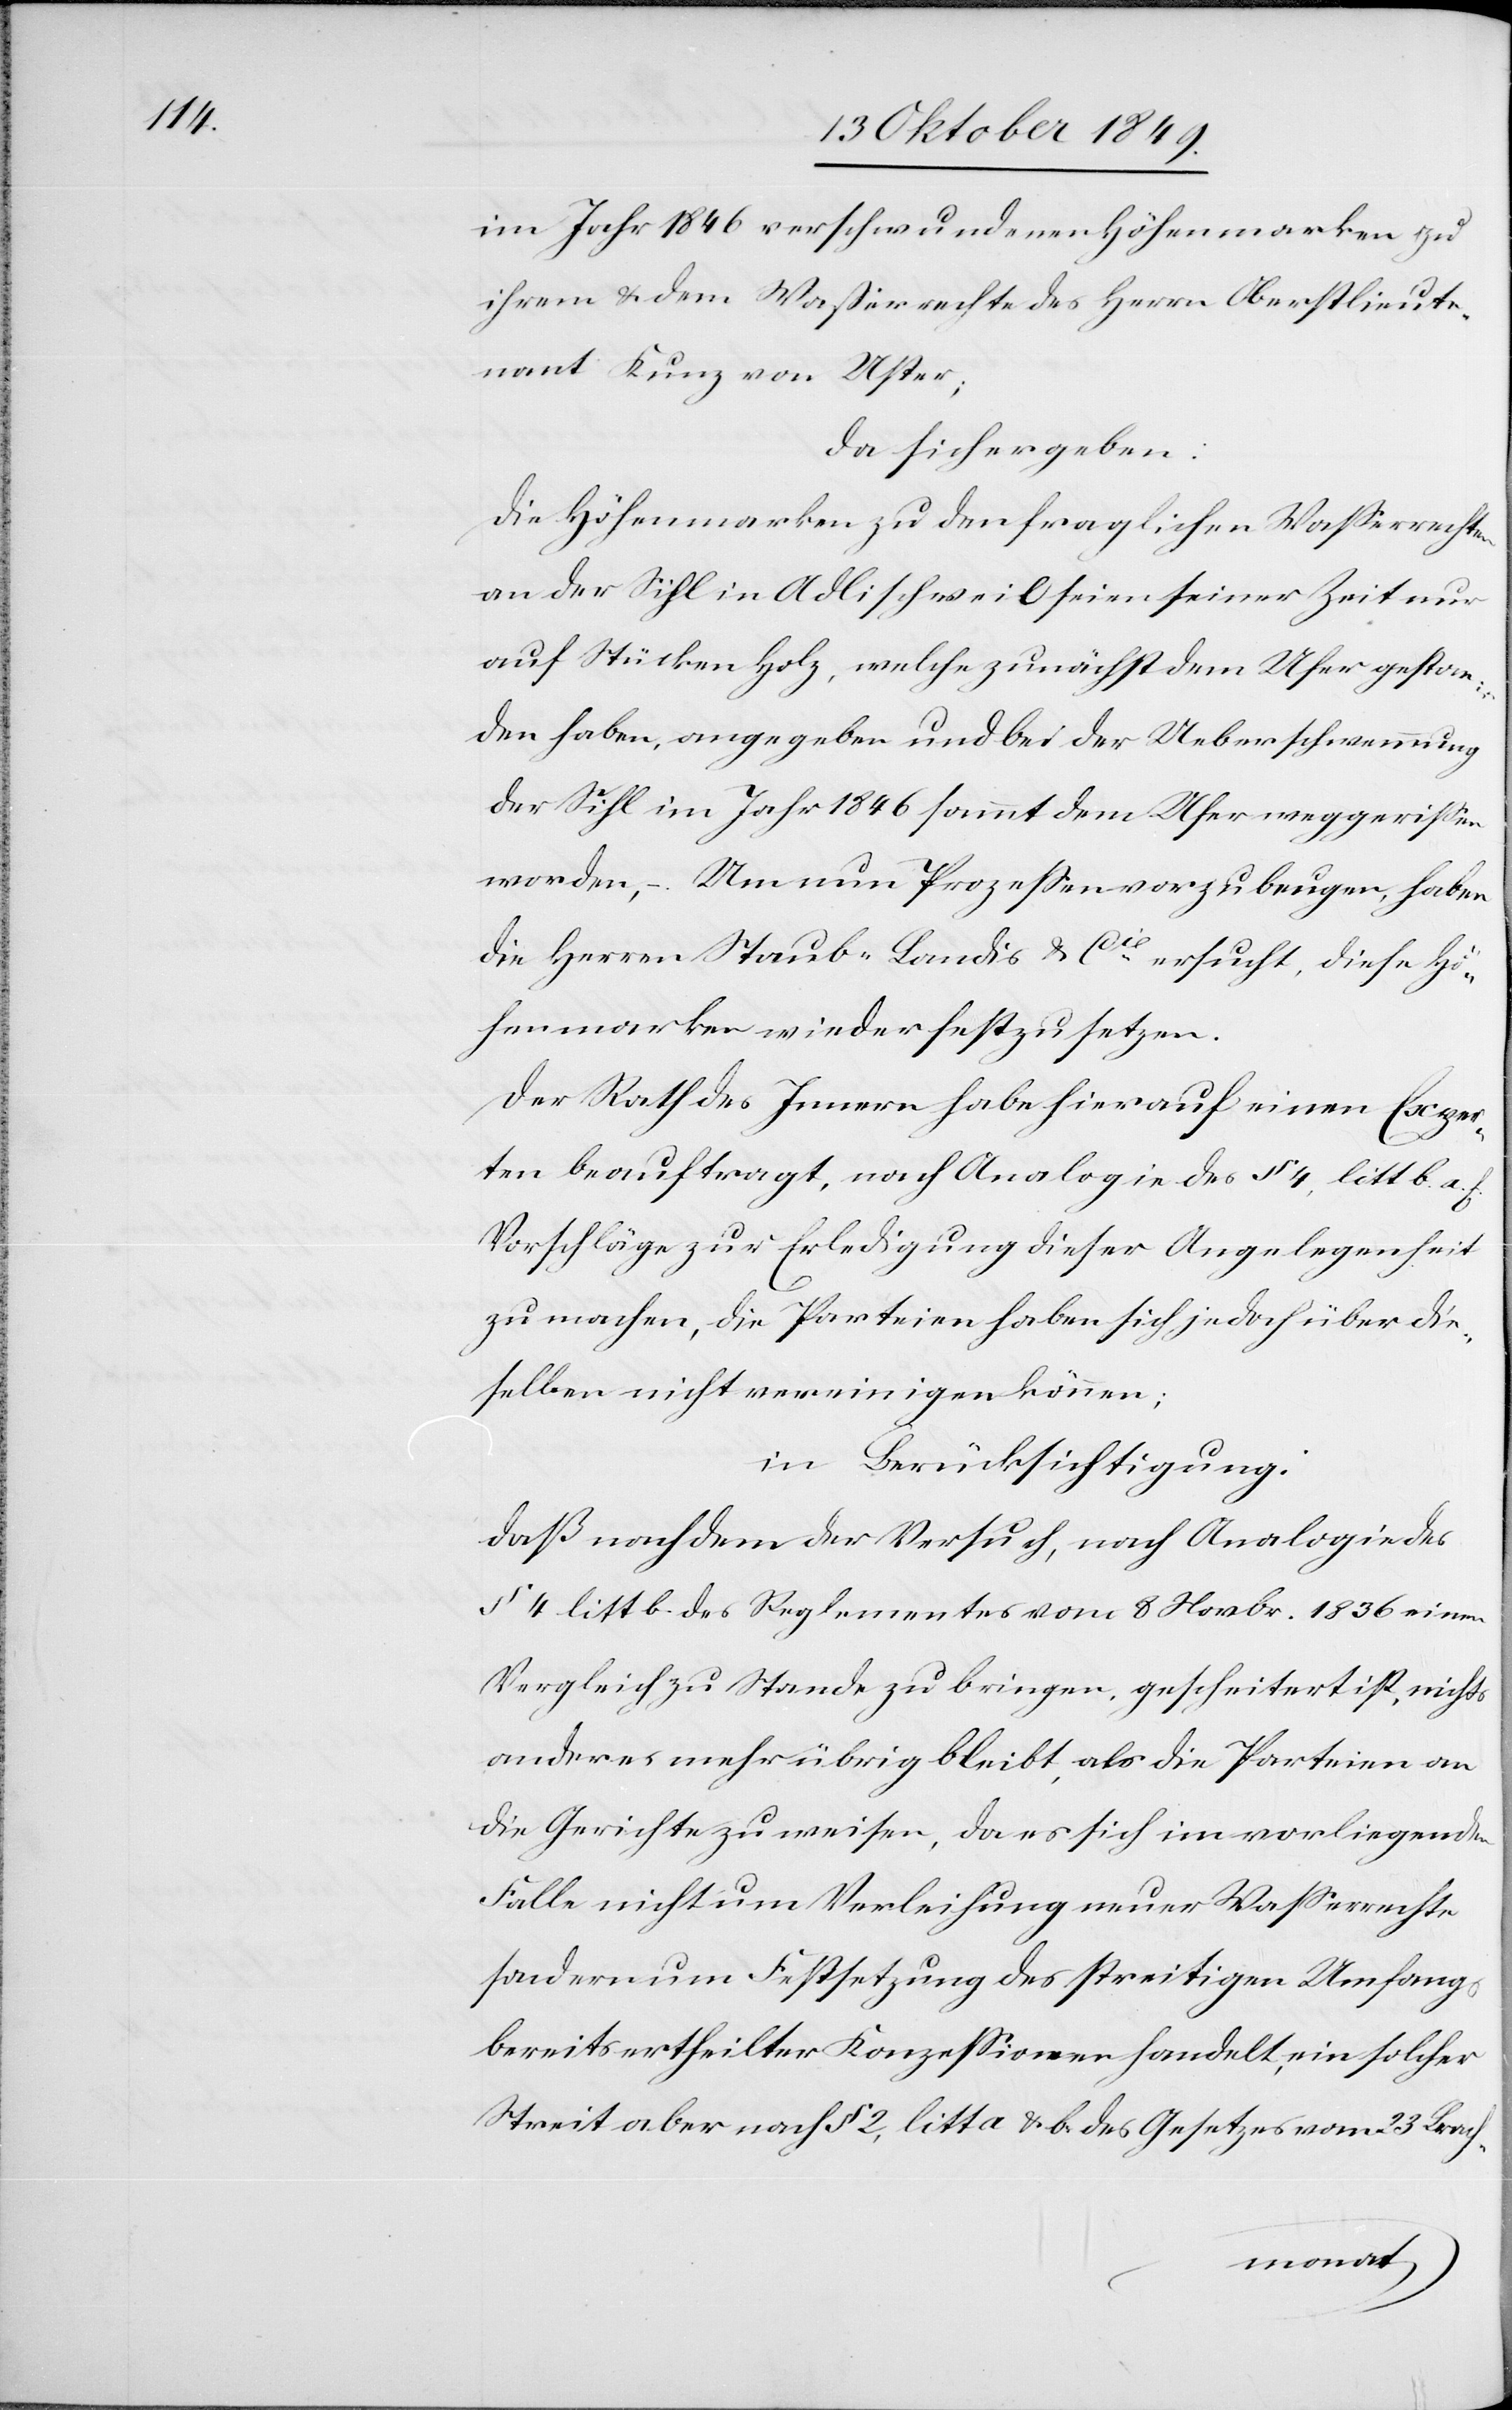
im Jahr 1846 verschwundenen Höhenmarken zu
ihrem u. dem Waßerrechte des Herrn Oberstlieut¬
nant Kunz von Uster;
da sich ergeben:
Die Höhenmarken zu den fraglichen Waßerrechten
an der Sihl in Adlischweil seien seiner Zeit nur
auf Stücken Holz, welche zunächst dem Ufer gestan¬
den haben, angegeben und bei der Ueberschwemmung
der Sihl im Jahr 1846 sammt dem Ufer weggerißen
worden, – Um nun Prozeßen vorzubeugen, haben
die Herren Staub-Landis u. Cie ersucht, diese Hö¬
hemarken wieder festzusetzen.
Der Rath des Innern habe hierauf einen Exper¬
ten beauftragt, nach Analogie des § 4 litt. b. a. f.
Vorschläge zur Erledigung dieser Angelegenheit
zu machen, die Parteien haben sich jedoch über die¬
selben nicht vereinigen können;
in Berücksichtigung:
daß nachdem der Versuch, nach Analogie des
§ 4 litt. b. des Reglements vom 8 Novbr. 1836 einen
Vergleich zu Stande zu bringen, gescheitert ist, nichts
anderes mehr übrig bleibt, als die Parteien an
die Gerichte zu weisen, da es sich im vorliegenden
Falle nicht um Verleihung neuer Waßerrechte
sondern um Festsetzung des streitigen Umfangs
bereits ertheilter Konzeßionen handelt, ein solcher
Streit aber nach § 2, litt a. u. b des Gesetzes vom 23 Brach-